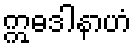
ဣဓဒါနာဟံ